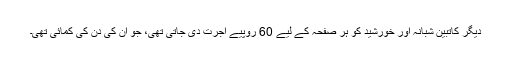
دیگر کاتبین شبانہ اور خورشید کو ہر صفحہ کے لیے 60 روپیے اجرت دی جاتی تھی، جو ان کی دن کی کمائی تھی۔